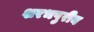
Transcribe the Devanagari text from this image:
शरभपुरीय